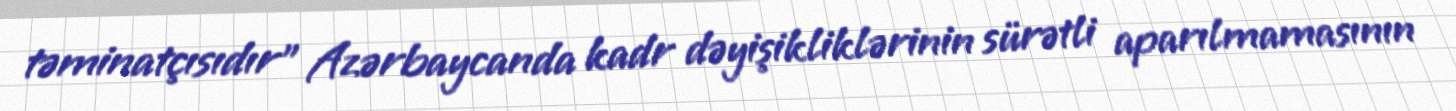
təminatçısıdır” Azərbaycanda kadr dəyişikliklərinin sürətli aparılmamasının